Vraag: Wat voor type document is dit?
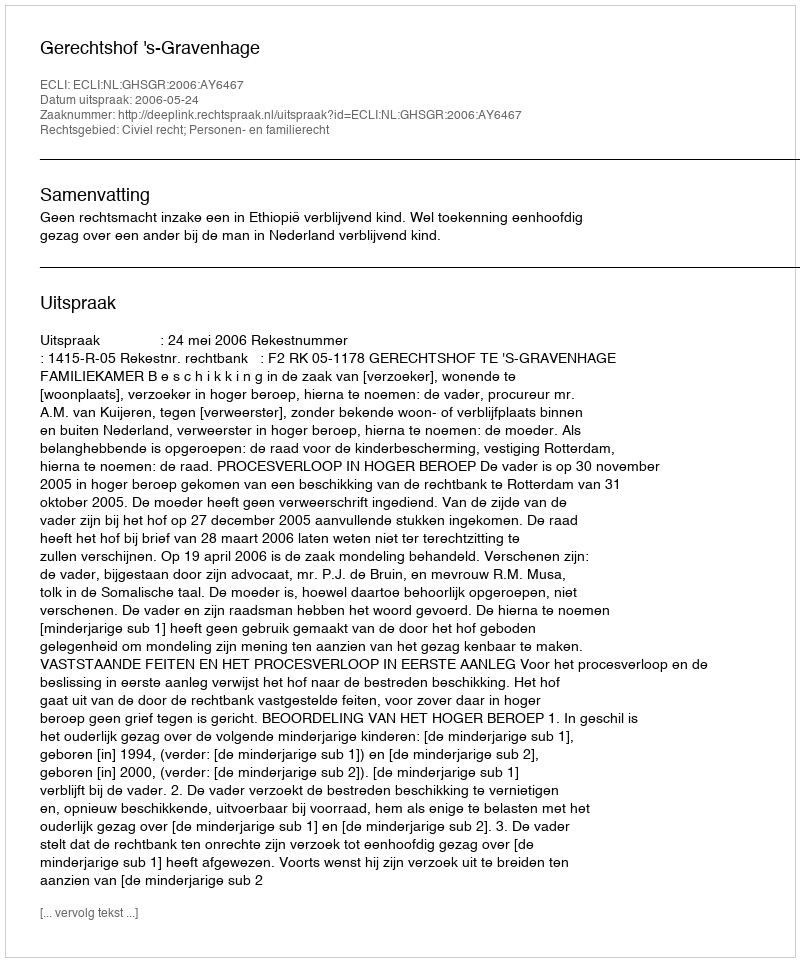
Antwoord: Uitspraak